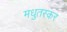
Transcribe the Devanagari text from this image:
मधुतस्कर